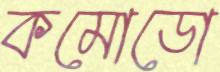
কমোডো